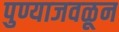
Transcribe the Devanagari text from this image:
पुण्याजवळून